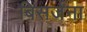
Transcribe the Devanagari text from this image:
बिसर्जना